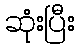
ဆုံးပြီး